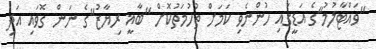
"ވައްޓާލުމު"ގެ އަޑީގައި ހުންނެވި ކަމަށް ތުހުމަތުކޮށް "ބާޣީ ރިޔާޒު"ގެ ނަން ގޮވައި އަދި